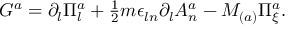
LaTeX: { \cal G } ^ { a } = \partial _ { l } \Pi _ { l } ^ { a } + \textstyle { \frac { 1 } { 2 } } m \epsilon _ { l n } \partial _ { l } A _ { n } ^ { a } - M _ { ( a ) } \Pi _ { \xi } ^ { a } .